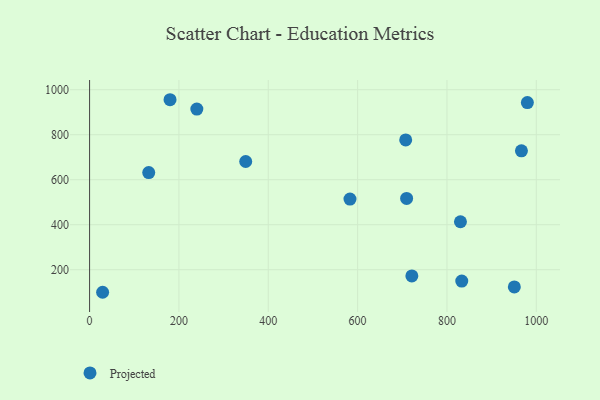
{"axis": {"x": "Engine Size", "y": "Sales"}, "legend": ["Projected"], "data": [{"x": "707.6", "y": 777.0, "type": "Projected"}, {"x": "240.1", "y": 914.0, "type": "Projected"}, {"x": "966.7", "y": 728.2, "type": "Projected"}, {"x": "132.4", "y": 631.8, "type": "Projected"}, {"x": "180.1", "y": 955.5, "type": "Projected"}, {"x": "833.1", "y": 149.6, "type": "Projected"}, {"x": "950.8", "y": 123.7, "type": "Projected"}, {"x": "721.4", "y": 172.3, "type": "Projected"}, {"x": "980.0", "y": 943.0, "type": "Projected"}, {"x": "582.9", "y": 513.9, "type": "Projected"}, {"x": "709.7", "y": 516.9, "type": "Projected"}, {"x": "29.2", "y": 99.7, "type": "Projected"}, {"x": "830.2", "y": 413.1, "type": "Projected"}, {"x": "349.5", "y": 680.9, "type": "Projected"}]}